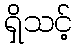
ရှိသင့်